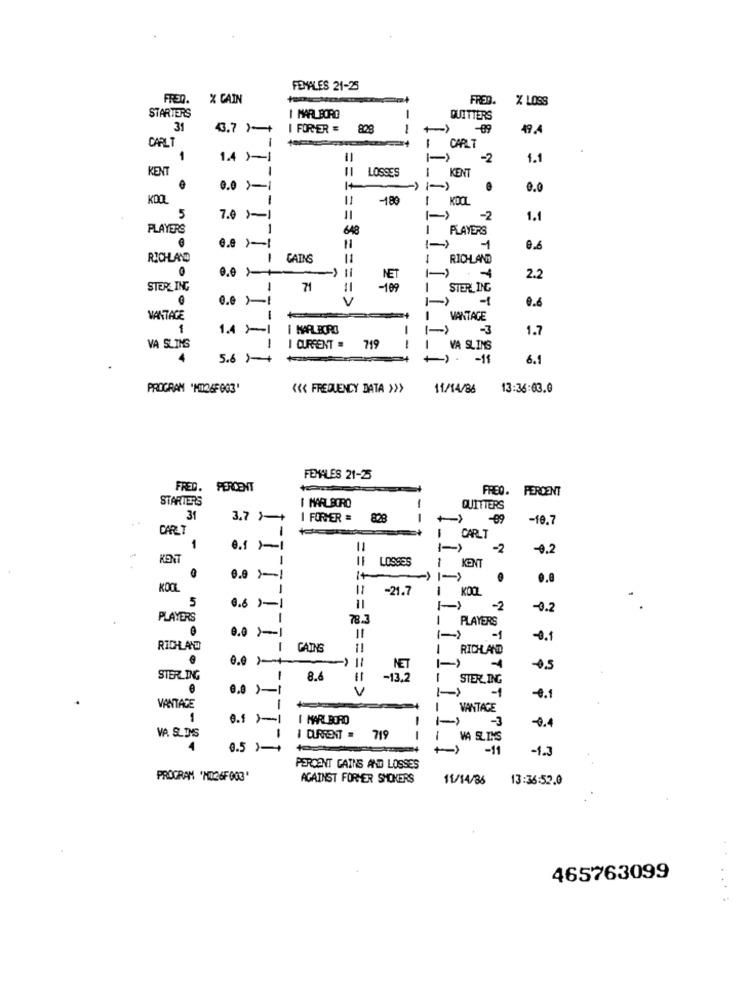
FEMALES 21-25
FREQ.
X CAIN
FRED.
% LOSS
STARTERS
I MARLBORO
QUITTERS
31
43.7 )-+
I FORVER = 828
--
-09
49.4
1
CARLT
CARLT
1
1.4 )-
-2
1.1
KENT
LOSSES
KENT
0.0 >-1
0.0
KOOL
-180
1
KOOL
5 8
5
7.0 >-1
-2
1.1
PLAYERS
1
648
1
PLAYERS
11
1-
1
RICHLAND
1
CATNS
11
RICH AND
0.0 1+
NET
2.2
STERLING
1
71
-109
i
STERLING
0.0 )-1
V
-1
0.6
1-
VANTAGE
VANTAGE
1
1.4 -1
I MARLBORO
1.7
VA SLIMS
I CURRENT = 719
VA SLIMS
4
5.6 )-+
1) -1
6.1
PROGRAM 'NI26F003'
<<< FREQUENCY DATA >>>
11/14/86
13:36:63.0
FEMALES 21-25
FRED. PERCENT
FREO. PERCENT
STARTERS
I MARLBORO
QUITTERS
31
3.7 1-+
I FORMER =
- -
-09
-10.7
CARLT
1
CARLT
1
11
I-)
-2
-0.2
KENT
LOSSES
1 4
1 KENT
0.0 }!
->
0.8
KOOL
-21.7
1 KOOL
5
0.6 1-1
-2
-0.2
PLAYERS
78.
PLAYERS
0.0 }-1
->
-1
-0.1
RICHLAND
1
GAINS
1
RICHLAND
NET
1
1
4.5
STERLING
in
1
8.6
-13,2
STERLING
==== >
->
4.1
VANTAGE
VANTAGE
1
I MARLBORO
1-
-3
1
-0.4
VA SLIMS
I CURRENT = 719
--
1
VA SLINS
4
0.5 1
-11
-1.3
PERCENT CAINS AND LOSSES
PROGRAM 'MO26F003'
AGAINST FORHER SMOKERS
11/14/36
13:36:52.0
465763099
....